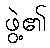
ဖွဲ့၏